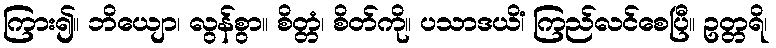
ကြား၍။ ဘိယျော၊ လွန်စွာ။ စိတ္တံ၊ စိတ်ကို။ ပသာဒယိံ၊ ကြည်လင်စေပြီ။ ဥတ္တရိ၊